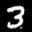
Label: 3